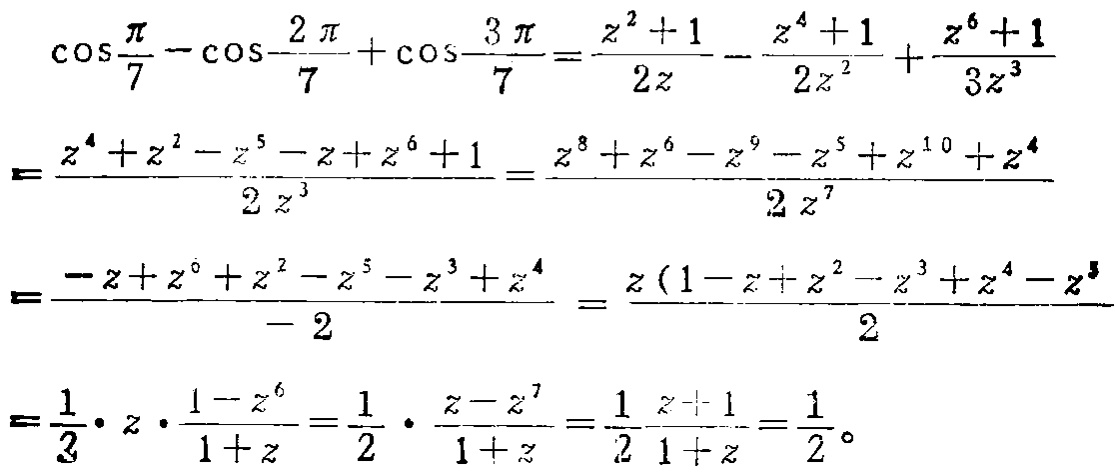
\[\begin{align*}
\cos\frac{\pi}{7}-\cos\frac{2\pi}{7}+\cos\frac{3\pi}{7}&=\frac{z^{2} + 1}{2z}-\frac{z^{4}+1}{2z^{2}}+\frac{z^{6}+1}{3z^{3}}\\
&=\frac{z^{4}+z^{2}-z^{5}-z + z^{6}+1}{2z^{3}}=\frac{z^{8}+z^{6}-z^{9}-z^{5}+z^{10}+z^{4}}{2z^{7}}\\
&=\frac{-z + z^{6}+z^{2}-z^{5}-z^{3}+z^{4}}{-2}=\frac{z(1 - z+z^{2}-z^{3}+z^{4}-z^{5})}{2}\\
&=\frac{1}{2}\cdot z\cdot\frac{1 - z^{6}}{1 + z}=\frac{1}{2}\cdot\frac{z - z^{7}}{1 + z}=\frac{1}{2}\frac{z + 1}{1 + z}=\frac{1}{2}。
\end{align*}\]